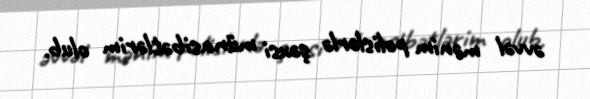
əvvəl mənim polislərlə şəxsi münasibətlərim olub.